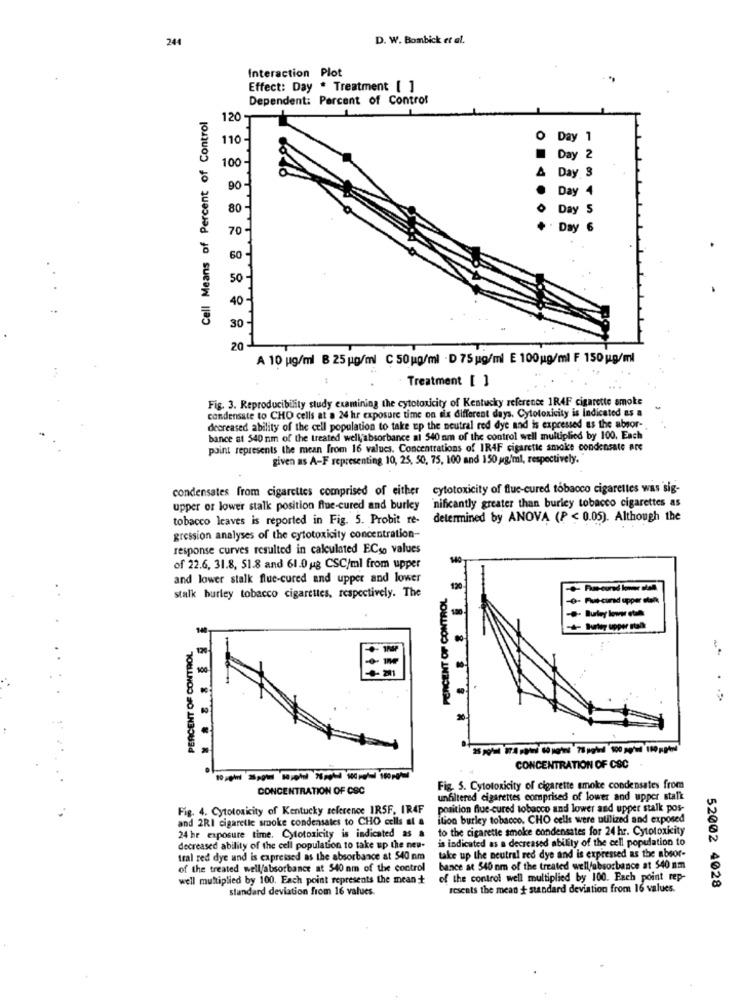
244
D. W. Bombick et al.
Interaction Plot
Effect: Day . Treatment [ ]
Dependent: Percent of Control
Cell Means of Percent of Control
120 -
110 -
O Day 1
100
Day 2
Day 3
90
Day 4
80
Day 5
70
Day 6
60
50
40
30
20
A 10 pg/ml B 25 g/ml C 50 g/ml - D 75 ug/ml E 100 g/ml F 150 g/ml
Treatment [ ]
Fig. 3. Reproducibility study examining the cytotoxicity of Kentucky reference 1R4F cigarette smoke
condensate to CHO cells at a 24 hr exposure time on six different days. Cytotoxicity is Indicated as a
decreased ability of the cell population to take up the neutral red dye and is expressed as the absor-
bance st 540 nm of the treated well,absorbance al 540 nm of the control well multiplied by 100. Each
point represents the mean from 16 values. Concentrations of IR4F cigarette smoke condensate are
given as A-F representing 10, 25, 50, 75, 100 and 150 g/ml, respectively.
condensates from cigarettes comprised of either cytotoxicity of flue-cured tobacco cigarettes was sig-
nificantly greater than burley tobacco cigarettes as
upper or lower stalk position flue-cured and burley
tobacco leaves is reported in Fig. 5. Probit re-
determined by ANOVA (P < 0.05). Although the
gression analyses of the cytotoxicity concentration-
response curves resulted in calculated ECso values
140
of 22.6, 31.8, 51.8 and 61.0 ug CSC/ml from upper
and lower stalk flue-cured and upper and lower
PERCENT OF CONTROL
.
stalk burley tobacco cigarettes, respectively. The
-0- Fut-cured upper otekk
-
.
PERCENT OF CONTROL
100
CONCENTRATION OF CSC
-------
CONCENTRATION OF CSC
Fig. 5. Cytotoxicity of cigarette smoke condensates from
unfiltered cigarettes comprised of lower and upper stalk
Fig. 4. Cytotoxicity of Kentucky reference IRSF. IR4F
position flue-cured tobacco and lower and upper stalk pos-
and 2RI cigarette smoke condensales to CHO cells at a
ition burley tobacco. CHO cells were utilized and exposed
to the cigarette smoke condensates for 24 hr. Cytotoxicity
24 hr exposure time. Cytotoxicity is indicated as #
is indicated as a decreased ability of the cell population to
decreased ability of the cell population to take up the new-
tral red dye and is expressed as the absorbance at 540 nm
take up the neutral red dye and is expressed as the absor-
of the treated well/absorbance at 540 nm of the control
bance at 540 nm of the treated wellfabsorbance at $40 nm
well multiplied by 100. Each point represents the mean +
of the control well multiplied by 100. Fach point rep-
standard deviation from 16 values.
reseats the mean + standard deviation from 16 values.
52002 4028